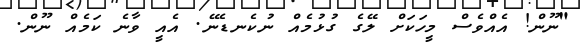
"ނޫން! އެއްވެސް މީހަކަށް ލޭގެ ގުޅުމެއް ނުކެނޑެނޭ. އެއީ ވާނެ ކަމެއް ނޫން.